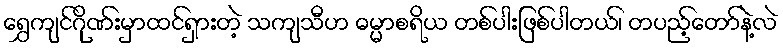
ရွှေကျင်ဂိုဏ်းမှာထင်ရှားတဲ့ သကျသီဟ ဓမ္မာစရိယ တစ်ပါးဖြစ်ပါတယ်၊ တပည့်တော်နဲ့လဲ